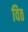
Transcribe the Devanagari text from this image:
विठ